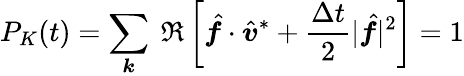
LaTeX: P_{K}(t)=\sum_{\boldsymbol{k}}~\Re\left[\hat{\boldsymbol{f}}\cdot\hat{\boldsymbol{v}}^{*}+\frac{\Delta t}{2}|\hat{\boldsymbol{f}}|^{2}\right]=1